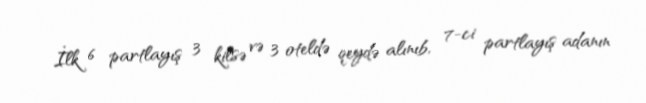
İlk 6 partlayış 3 kilsə və 3 oteldə qeydə alınıb, 7-ci partlayış adanın